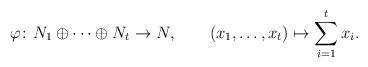
LaTeX: \begin{align*}\varphi\colon N_1\oplus\cdots\oplus N_t\to N,\qquad(x_1,\ldots,x_t)\mapsto\sum_{i=1}^{t} x_i .\end{align*}